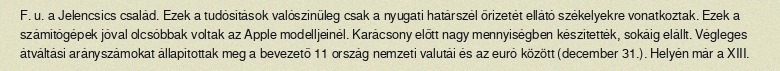
F. u. a Jelencsics család. Ezek a tudósítások valószínűleg csak a nyugati határszél őrizetét ellátó székelyekre vonatkoztak. Ezek a számítógépek jóval olcsóbbak voltak az Apple modelljeinél. Karácsony előtt nagy mennyiségben készítették, sokáig elállt. Végleges átváltási arányszámokat állapítottak meg a bevezető 11 ország nemzeti valutái és az euró között (december 31.). Helyén már a XIII.